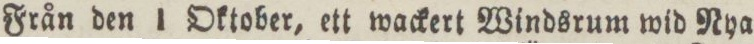
Från den 1 Oktober, ett wackert Windsrum wid Nya